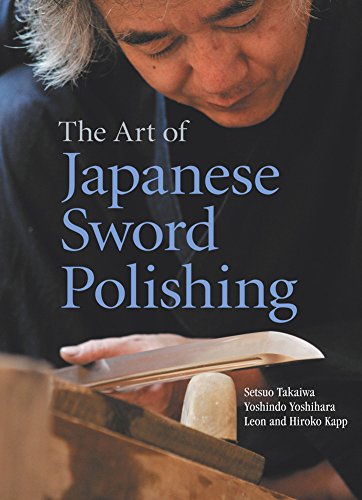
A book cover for The Art of Japanese Sword Polishing; Setsuo Takaiwa; Crafts, Hobbies & Home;